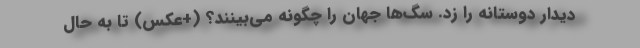
دیدار دوستانه را زد. سگ‌ها جهان را چگونه می‌بینند؟ (+عکس) تا به حال